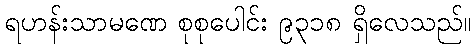
ရဟန်းသာမဏေ စုစုပေါင်း ၉၃၁၈ ရှိလေသည်။